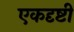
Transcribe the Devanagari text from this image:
एकदृष्टी